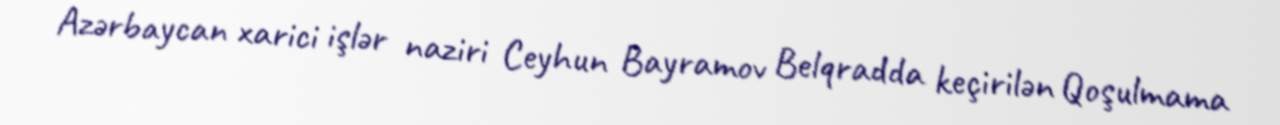
Azərbaycan xarici işlər naziri Ceyhun Bayramov Belqradda keçirilən Qoşulmama